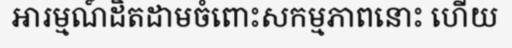
អារម្មណ៍ដិតដាមចំពោះសកម្មភាពនោះ ហើយ